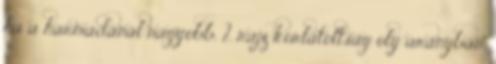
ha a harmadánál nagyobb, 2. rajz korlátoltság oly arányban,